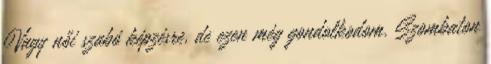
Vagy női szabó képzésre, de ezen még gondolkodom. Szombaton